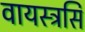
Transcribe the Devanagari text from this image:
वायस्ट्रसि